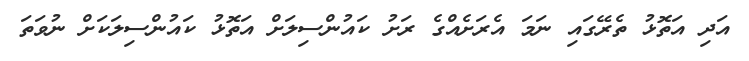
އަދި އަތޮޅު ތެރޭގައި ނަމަ އެރަށެއްގެ ރަށު ކައުންސިލަށް އަތޮޅު ކައުންސިލަކަށް ނުވަތަ